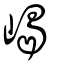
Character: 嵑